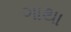
ગાથા